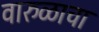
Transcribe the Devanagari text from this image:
वारुळाचा